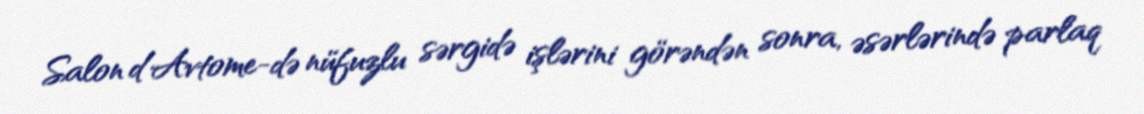
Salon d'Avtome-də nüfuzlu sərgidə işlərini görəndən sonra, əsərlərində parlaq